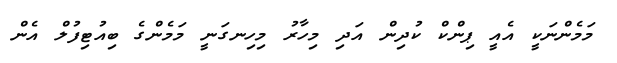
މަމެންނަކީ އެއީ ޕިންކް ކުދިން އަދި މިހާރު މިހިނގަނީ މަމެންގެ ބިއުޓިފުލް އެން